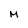
Character: M